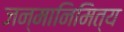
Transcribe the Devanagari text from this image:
जन्मानिमित्य